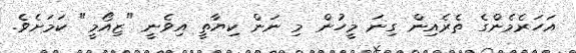
އަހަރެމެންގެ ތެރެއިން ގިނަ މީހުން މި ނަން ކިޔާތީ އިވެނީ "ޒިއޯމީ" ކަމަށެވެ.